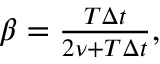
\begin{array} { r } { \beta = \frac { T \Delta t } { 2 \nu + T \Delta t } , } \end{array}